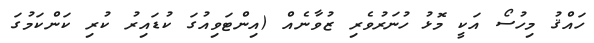
ހައްޤު މިހުސޯ އަކީ މޮޅު ހުނަރުވެރި ޒުވާނެއް (އިންޓަވިއުގަ ކުޑައިރު ކުރި ކަންކަމުގަ